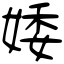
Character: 婑